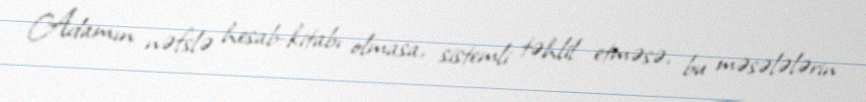
Adamın nəfslə hesab-kitabı olmasa, sistemli təhlil etməsə, bu məsələlərin